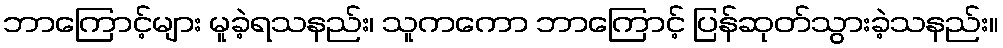
ဘာကြောင့်များ မူခဲ့ရသနည်း၊ သူကကော ဘာကြောင့် ပြန်ဆုတ်သွားခဲ့သနည်း။